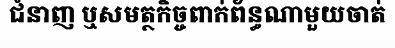
ជំនាញ ឬសមត្ថកិច្ចពាក់ព័ន្ធណាមួយចាត់